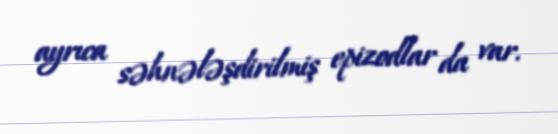
ayrıca səhnələşdirilmiş epizodlar da var.